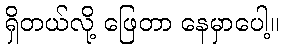
ရှိတယ်လို့ ဖြေတာ နေမှာပေါ့။